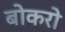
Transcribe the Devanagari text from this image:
बोकरो